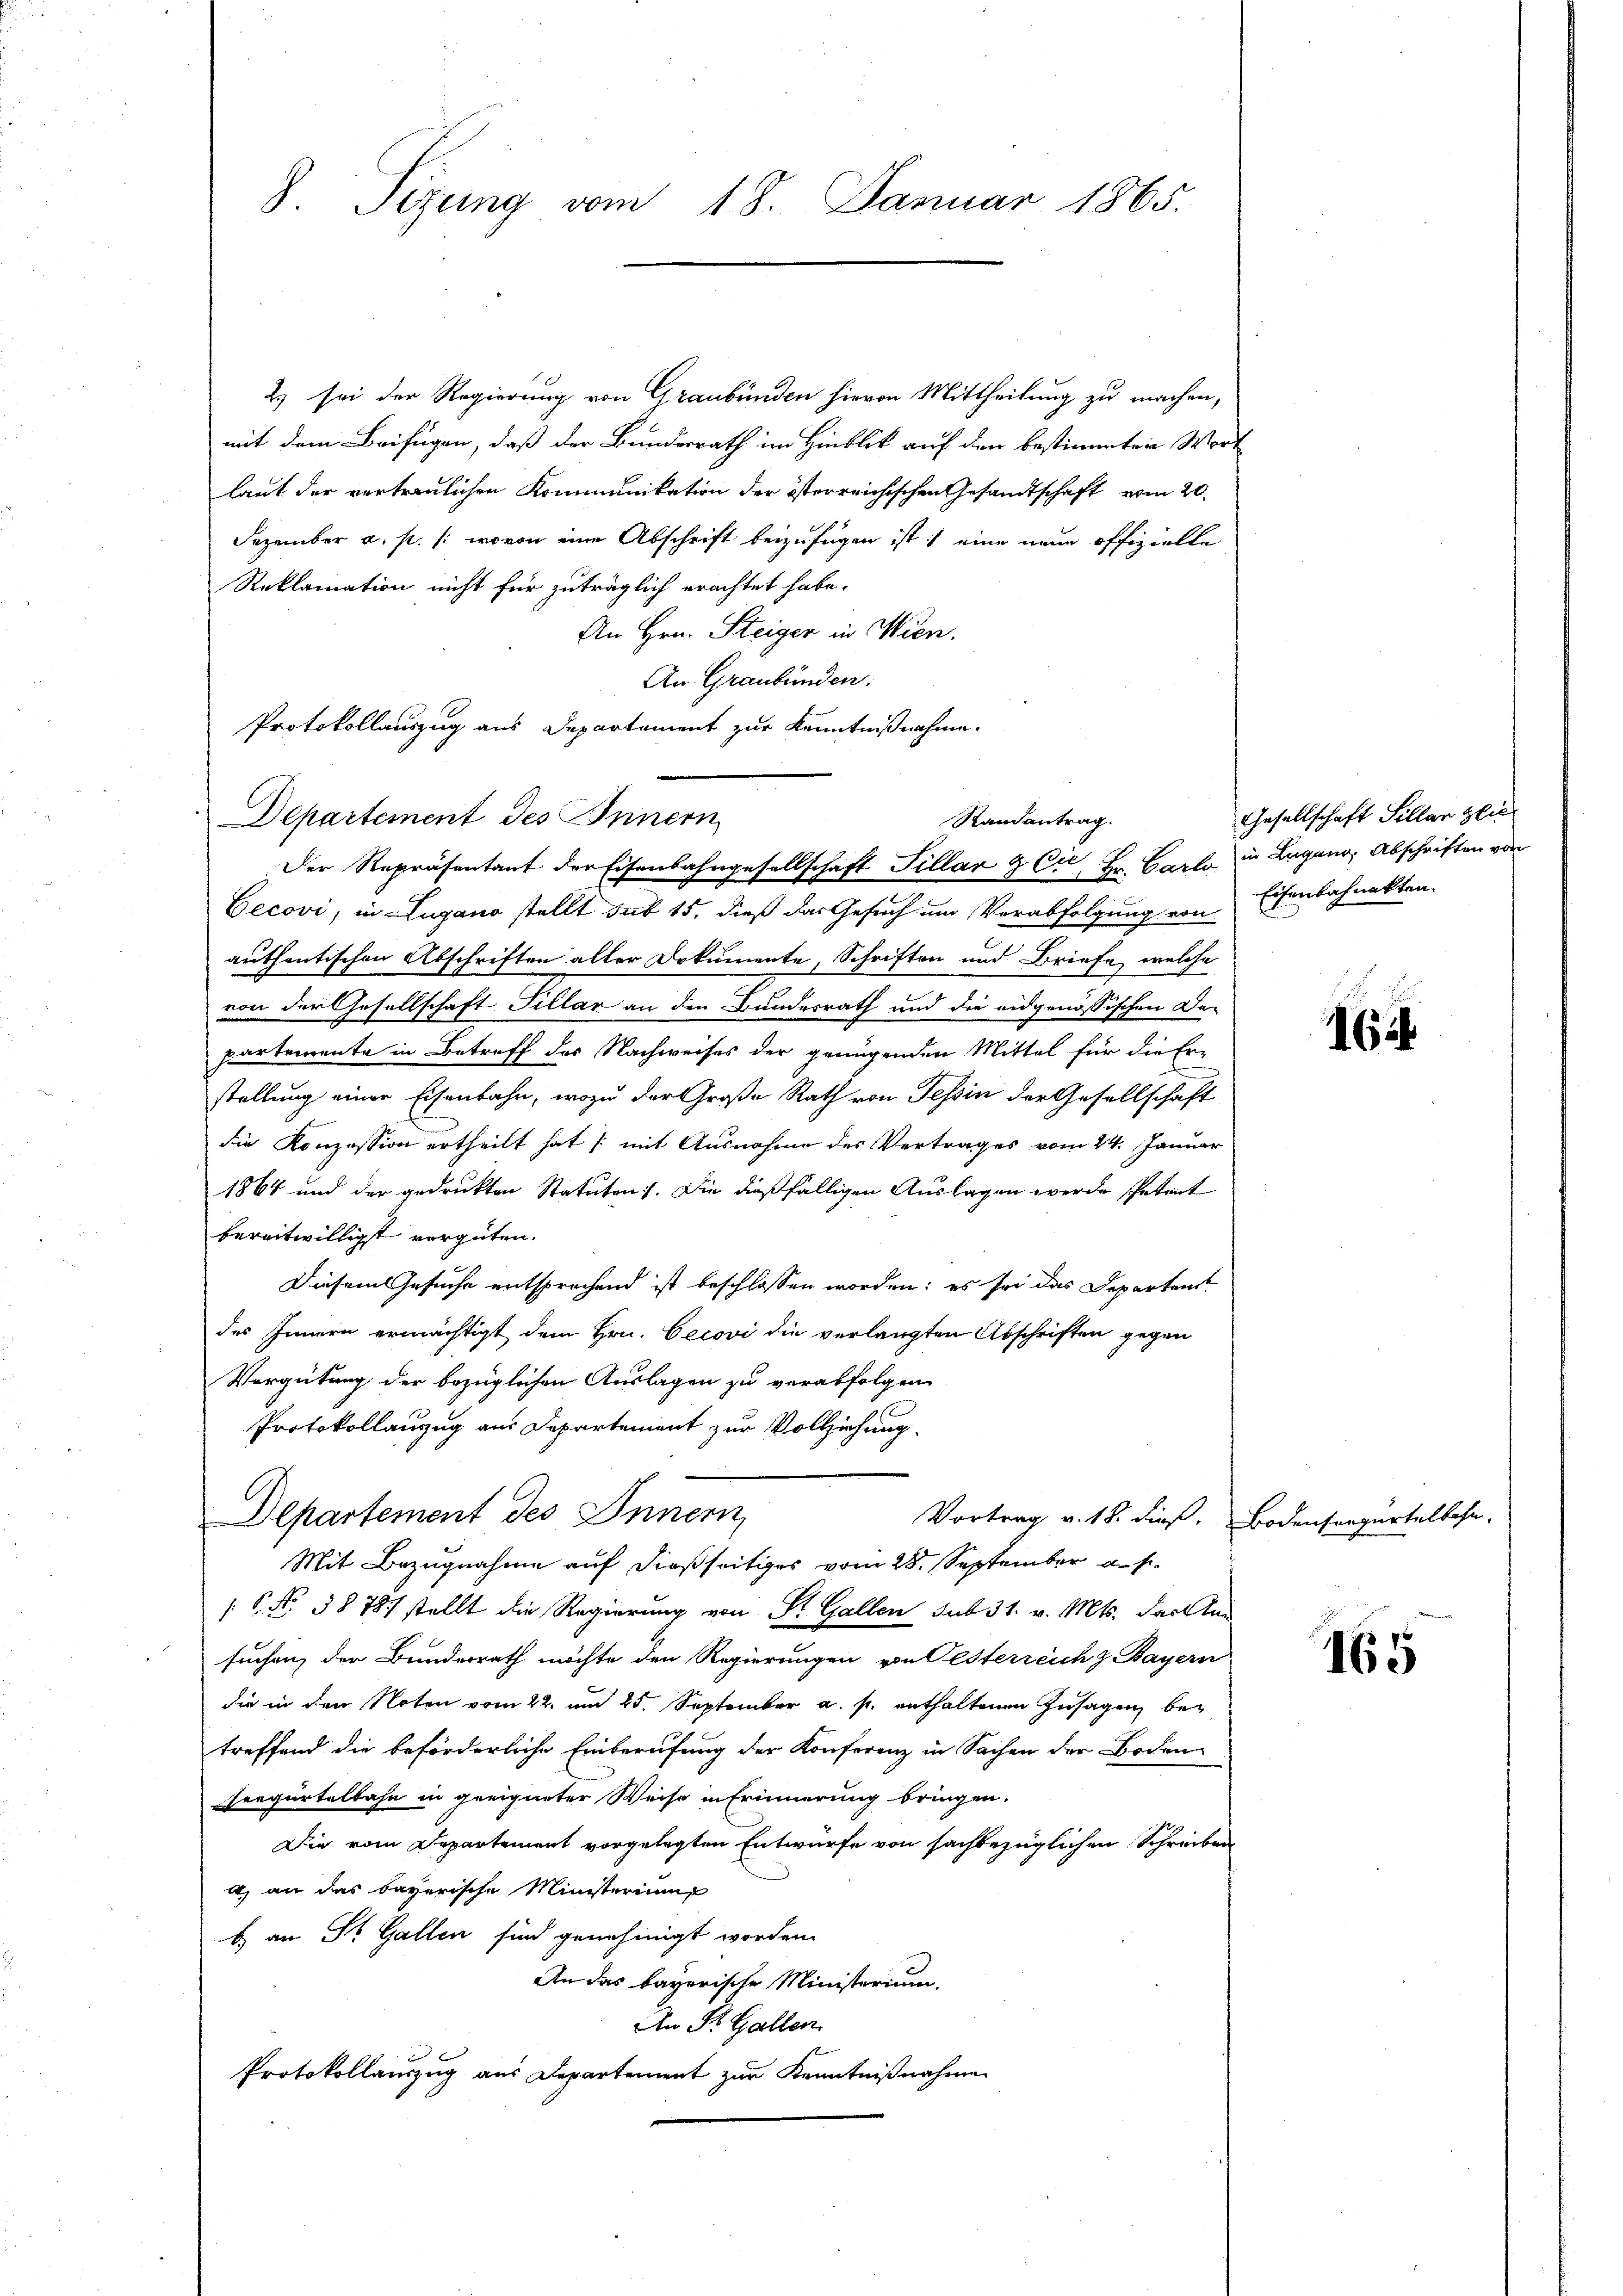
8. Sizung vom 18. Januar 1865.

2) sei der Regierung von Graubünden hievon Mittheilung zu machen,
mit dem Beifügen, daß der Bundesrath im Hinblick auf den bestimmten Wort
laut der vertraulichen Kommunikation der österreichischen Gesandtschaft vom 20.
Dezember a. p. /: wovon eine Abschrift beizufügen ist eine neue offizielle
Reklamation nicht für zuträglich erachtet habe.
An Hrn. Steiger in Wien.
An Graubünden.
Protokollauszug aus Departement zur Kenntnißnahme.
Departement des Innern
Der Repräsentant der Eisenbahngesellschaft Sillar & Cie Hr. Carlo in Lugano, Abschriften von
Cecovi, in Lugano stellt sub 15, dieß das Gesuch um Verabfolgung von
authentischen Abschriften aller Dokumente, Schriften und Briefe, welche
von der Gesellschaft Sillar an den Bundesrath und die eidgenössischen De-
partemente in Betreff des Nachweises der genügenden Mittel für die Er-
stellung einer Eisenbahn, wozu der Große Rath von Tessin der Gesellschaft
die Konzession ertheilt hat /: mit Ausnahme des Vertrages vom 24. Januar
1864 und der gedruckten Statuten). Die dießfälligen Auslagen werde spetent
bereitwilligst vergüten.
Diesem Gesuche entsprechend ist beschlossen worden; es sei das Departen
des Innern ermächtigt dem Hrn. Cerovi die verlangten Abschriften gegen
Vergütung der bezüglichen Auslagen zu verabfolgen
Protokollanzug aus Departement zur Vollziehung
Departement des Innern
Vortrag v. 18. dieß, Bodensergertelbahn.
Mit Bezugnahme auf dießseitiges vom 28. September a. p.
 P. Nr. 38787 stellt die Regierung von Dr. Gallen sub 31. v. Mts. dachte
suchen, der Bunderrath möchte den Regierungen von Festerreich z. Bayern
die in den Noten vom 22. um 25. September a. p. enthaltenen Zusagen bei
treffend die beförderliche Einberufung der Konferenz in Sachen der Boden
seegürtelbahn in geeigneter Weise in Erinnerung bringen.
Die vom Departement vorgelegten Entwurfe von sachbezüglichen Schreiben
4) an das bayerische Ministerium
b an St. Gallen sind genehmigt worden.
An das bayerische Ministerium.
An St. Gallen.
Protokollauszug aus Departement zur Kenntnißnahme

Randantrag.

Gesellschaft Sillar glic
Eisenbahnakten.

165

165